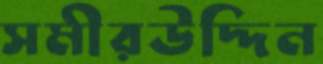
সমীরউদ্দিন